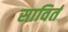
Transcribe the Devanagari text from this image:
साविर्त